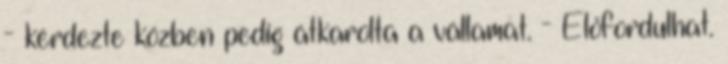
- kérdezte közben pedig átkarolta a vállamat. - Előfordulhat.